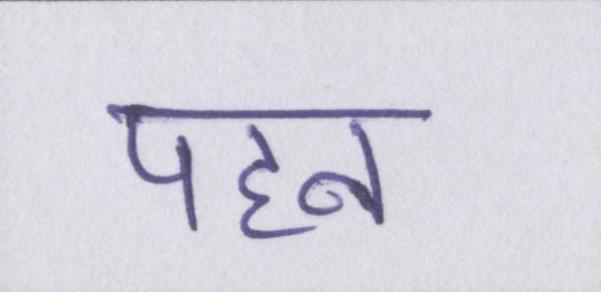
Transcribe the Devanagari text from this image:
पहन